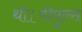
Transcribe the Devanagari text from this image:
थीं।पीपुल्स